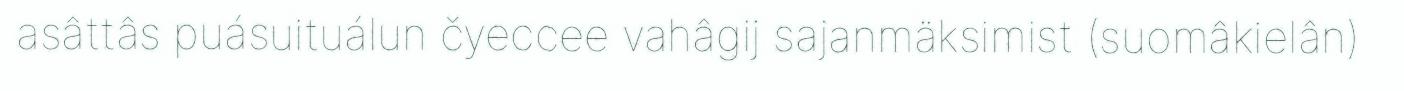
asâttâs puásuituálun čyeccee vahâgij sajanmäksimist (suomâkielân)